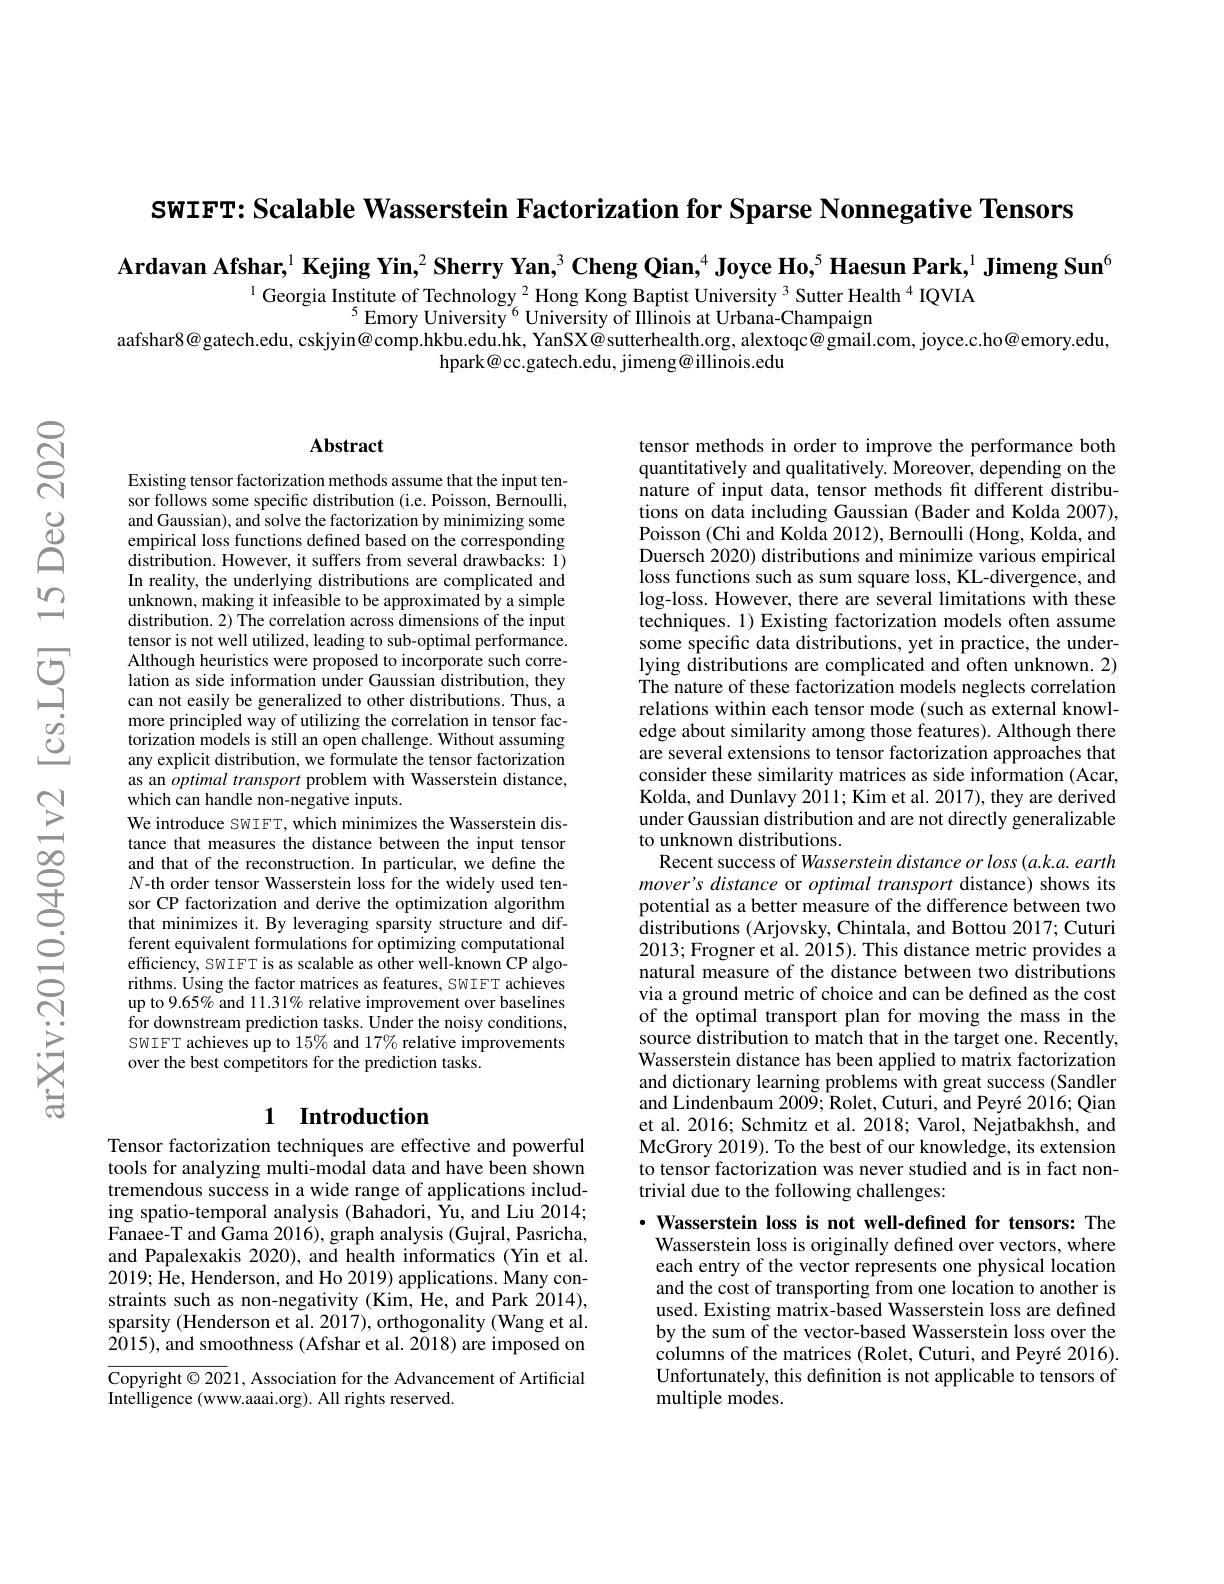
SwIFT: Scalable Wasserstein Factorization for Sparse Nonnegative Tensors

Ardavan Afshar,$^1\textbf{Kejing Yin,}^2\textbf{Sherry Yan,}^3\textbf{Cheng Qian,}^4\textbf{Joyce Ho,}^5\textbf{Haesun Park,}^1\textbf{Jimeng Sun}^6$

$^{1}$ Georgia Institute of Technology $^{2}$ Hong Kong Baptist University $^{3}$ Sutter Health$^{4}$ IQVIA
$^{5}$Emory University$^{6}$University of Illinois at Urbana-Champaign
aafshar$8@$gatech.edu, cskjyin@comp.hkbu.edu.hk, YanSX@sutterhealth.org, alextoqc@gmail.com, joyce.c.ho@emory.edu,
hpark@cc.gatech.edu, jimeng@illinois.edu

## Abstract

Existing tensor factorization methods assume that the input tensor follows some specific distribution (i.e. Poisson, Bernoulli, and Gaussian), and solve the factorization by minimizing some empirical loss functions defined based on the corresponding $\dot{\text{distribution. However, it suffers from several drawbacks: 1}})$ In reality, the underlying distributions are complicated and unknown, making it infeasible to be approximated by a simple distribution. 2) The correlation across dimensions of the input tensor is not well utilized, leading to sub-optimal performance. Although heuristics were proposed to incorporate such correlation as side information under Gaussian distribution, they can not easily be generalized to other distributions. Thus, a more principled way of utilizing the correlation in tensor factorization models is still an open challenge. Without assuming any explicit distribution, we formulate the tensor factorization as an optimal transport problem with Wasserstein distance, which can handle non-negative inputs.
We introduce SWIFT, which minimizes the Wasserstein distance that measures the distance between the input tensor and that of the reconstruction. In particular, we define the $N$-th order tensor Wasserstein loss for the widely used tensor CP factorization and derive the optimization algorithm that minimizes it. By leveraging sparsity structure and different equivalent formulations for optimizing computational efficiency, SWIFT is as scalable as other well-known CP algorithms. Using the factor matrices as features, SWIFT achieves up to 9.65% and 11.31% relative improvement over baselines $\bar{\mathrm{for~downstream~prediction~tasks.~Under~the~noisy~conditions,}}$ SWIFT achieves up to 15% and 17% relative improvements over the best competitors for the prediction tasks.

## 1 Introduction

Tensor factorization techniques are effective and powerful tools for analyzing multi-modal data and have been shown tremendous success in a wide range of applications including spatio-temporal analysis (Bahadori, Yu, and Liu 2014; Fanaee-T and Gama 2016), graph analysis (Gujral, Pasricha, and Papalexakis 2020), and health informatics (Yin et al. 2019; He, Henderson, and Ho 2019) applications. Many constraints such as non-negativity (Kim, He, and Park 2014), sparsity (Henderson et al. 2017), orthogonality (Wang et al. 2015), and smoothness (Afshar et al. 2018) are imposed on

Copyright© 2021, Association for the Advancement of Artificial
Intelligence (www.aaai.org). All rights reserved.

tensor methods in order to improve the performance both quantitatively and qualitatively. Moreover, depending on the $\hat{\text{nature of input data, tensor methods fit different distribu-}}$ tions on data including Gaussian (Bader and Kolda 2007), Poisson (Chi and Kolda 2012), Bernoulli (Hong, Kolda, and Duersch 2020) distributions and minimize various empirical loss functions such as sum square loss, KL-divergence, and log-loss. However, there are several limitations with these techniques. 1) Existing factorization models often assume some specific data distributions, yet in practice, the underlying distributions are complicated and often unknown. 2) The nature of these factorization models neglects correlation relations within each tensor mode (such as external knowledge about similarity among those features). Although there are several extensions to tensor factorization approaches that consider these similarity matrices as side information (Acar, Kolda, and Dunlavy 2011; Kim et al. 2017), they are derived under Gaussian distribution and are not directly generalizable to unknown distributions.
Recent success of Wasserstein distance or loss (a.k.a. earth mover's distance or optimal transport distance) shows its potential as a better measure of the difference between two distributions (Arjovsky, Chintala, and Bottou 2017; Cuturi 2013; Frogner et al. 2015). This distance metric provides a natural measure of the distance between two distributions via a ground metric of choice and can be defined as the cost of the optimal transport plan for moving the mass in the source distribution to match that in the target one. Recently, Wasserstein distance has been applied to matrix factorization and dictionary learning problems with great success (Sandler and Lindenbaum 2009; Rolet, Cuturi, and Peyré 2016; Qian et al. 2016; Schmitz et al. 2018; Varol, Nejatbakhsh, and McGrory 2019). To the best of our knowledge, its extension to tensor factorization was never studied and is in fact nontrivial due to the following challenges:
$\cdot$ Wasserstein loss is not well-defined for tensors: The

Wasserstein loss is originally defined over vectors, where each entry of the vector represents one physical location and the cost of transporting from one location to another is used. Existing matrix-based Wasserstein loss are defined by the sum of the vector-based Wasserstein loss over the columns of the matrices (Rolet, Cuturi, and Peyré 2016). Unfortunately, this defnition is not applicable to tensors of multiple modes.